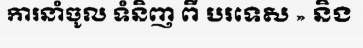
ការនាំចូល ទំនិញ ពី បរទេស » និង